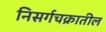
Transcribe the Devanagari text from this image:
निसर्गचक्रातील